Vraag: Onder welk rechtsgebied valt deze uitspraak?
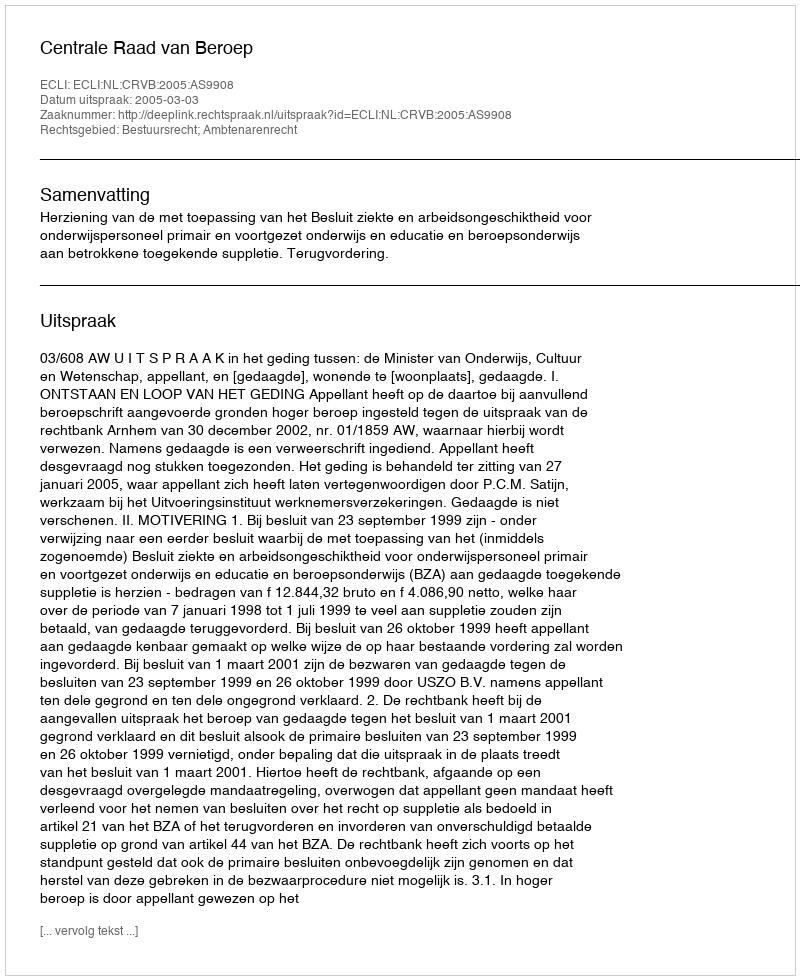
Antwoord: Bestuursrecht; Ambtenarenrecht